Report on horse surra - Volume II, Part I
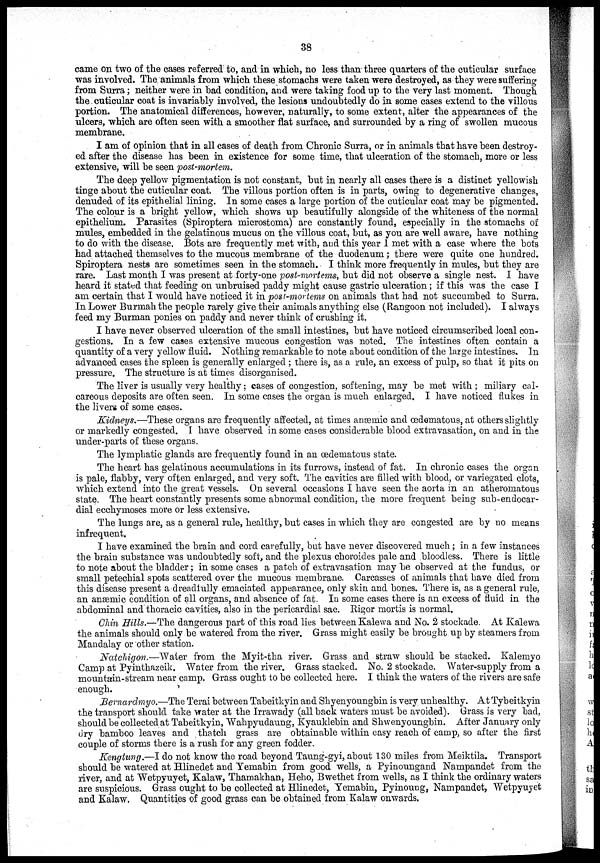
38
came on two of the cases referred to, and in which, no less than three quarters of the cuticular surface
was involved. The animals from which these stomachs were taken were destroyed, as they were suffering
from Surra; neither were in bad condition, and were taking food up to the very last moment. Though
the cuticular coat is invariably involved, the lesions undoubtedly do in some cases extend to the villous
portion. The anatomical differences, however, naturally, to some extent, alter the appearances of the
ulcers, which are often seen with a smoother flat surface, and surrounded by a ring of swollen mucous
membrane.
I am of opinion that in all cases of death from Chronic Surra, or in animals that have been destroy-
ed after the disease has been in existence for some time, that ulceration of the stomach, more or less
extensive, will be seen post-mortem.
The deep yellow pigmentation is not constant, but in nearly all cases there is a distinct yellowish
tinge about the cuticular coat. The villous portion often is in parts, owing to degenerative changes,
denuded of its epithelial lining. In some cases a large portion of the cuticular coat may be pigmented.
The colour is a bright yellow, which shows up beautifully alongside of the whiteness of the normal
epithelium. Parasites (Spiroptera microstoma) are constantly found, especially in the stomachs of
mules, embedded in the gelatinous mucus on the villous coat, but, as you are well aware, have nothing
to do with the disease. Bots are frequently met with, and this year 1 met with a case where the bots
had attached themselves to the mucous membrane of the duodenum ; there were quite one hundred.
Spiroptera nests are sometimes seen in the stomach. I think more frequently in mules, but they are
rare. Last month I was present at forty-one post-mortems, but did not observe a single nest. I have
heard it stated that feeding on unbruised paddy might cause gastric ulceration ; if this was the case I
am certain that I would have noticed it in post-mortems on animals that had not succumbed to Surra.
In Lower Burmah the people rarely give their animals anything else (Rangoon not included). I always
feed my Burman ponies on paddy and never think of crushing it.
I have never observed ulceration of the small intestines, but have noticed circumscribed local con-
gestions. In a few cases extensive mucous congestion was noted. The intestines often contain a
quantity of a very yellow fluid. Nothing remarkable to note about condition of the large intestines. In
advanced cases the spleen is generally enlarged ; there is, as a rule, an excess of pulp, so that it pits on
pressure. The structure is at times disorganised.
The liver is usually very healthy ; cases of congestion, softening, may be met with ; miliary cal-
careous deposits are often seen. In some cases the organ is much enlarged. I have noticed flukes in
the livers of some cases.
Kidneys.—These organs are frequently affected, at times anæmic and œdematous, at others slightly
or markedly congested. I have observed in some cases considerable blood extravasation, on and in the
under-parts of these organs.
The lymphatic glands are frequently found in an œdematous state.
The heart has gelatinous accumulations in its furrows, instead of fat. In chronic cases the organ
is pale, flabby, very often enlarged, and very soft. The cavities are filled with blood, or variegated clots,
which extend into the great vessels. On several occasions I have seen the aorta in an atheromatous
state. The heart constantly presents some abnormal condition, the more frequent being sub-endocar-
dial ecchymoses more or less extensive.
The lungs are, as a general rule, healthy, but cases in which they are congested are by no means
infrequent.
I have examined the brain and cord carefully, but have never discovered much ; in a few instances
the brain substance was undoubtedly soft, and the plexus choroides pale and bloodless. There is little
to note about the bladder ; in some cases a patch of extravasation may be observed at the fundus, or
small petechial spots scattered over the mucous membrane. Carcasses of animals that have died from
this disease present a dreadfully emaciated appearance, only skin and bones. There is, as a general rule,
an anæmic condition of all organs, and absence of fat. In some cases there is an excess of fluid in the
abdominal and thoracic cavities, also in the pericardial sac. Rigor mortis is normal.
Chin Hills.—The dangerous part of this road lies between Kalewa and No. 2 stockade. At Kalewa
the animals should only be watered from the river. Grass might easily be brought up by steamers from
Mandalay or other station.
Natchigon.—Water from the Myit-tha river. Grass and straw should be stacked. Kalemyo
Camp at Pyinthazeik. Water from the river. Grass stacked. No. 2 stockade. Water-supply from a
mountain-stream near camp. Grass ought to be collected here. I think the waters of the rivers are safe
enough.
Bernardmyo.—The Terai between Tabeitkyin and Shyenyoungbin is very unhealthy. At Tybeitkyin
the transport should take water at the Irrawady (all back waters must be avoided). Grass is very bad,
should be collected at Tabeitkyin, Wahpyudaung, Kyauklebin and Shwenyoungbin. After January only
dry bamboo leaves and thatch grass are obtainable within easy reach of camp, so after the first
couple of storms there is a rush for any green fodder.
Kengtung.—I do not know the road beyond Taung-gyi, about 130 miles from Meiktila. Transport
should be watered at Hlinedet and Yemabin from good wells, a Pyinoungand Nampandet from the
river, and at Wetpyuyet, Kalaw, Thamakhan, Heho, Bwethet from wells, as I think the ordinary waters
are suspicious. Grass ought to be collected at Hlinedet, Yemabin, Pyinoung, Nampandet, Wetpyuyet
and Kalaw. Quantities of good grass can be obtained from Kalaw onwards.